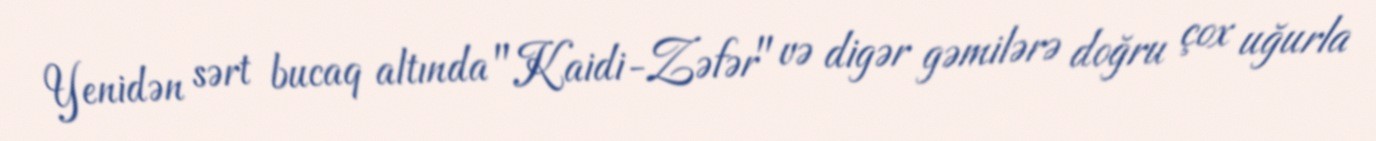
Yenidən sərt bucaq altında "Kaidi-Zəfər" və digər gəmilərə doğru çox uğurla